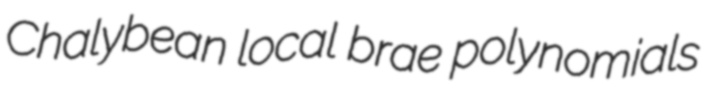
Chalybean local brae polynomials